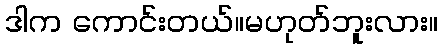
ဒါက ကောင်းတယ်။မဟုတ်ဘူးလား။